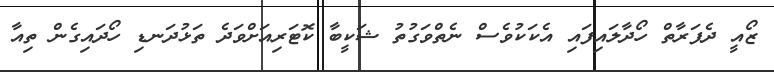
ޒޯއީ ދެފަރާތް ހޯދާލައިފައި އެކަކުވެސް ނެތްވަގުތު ޝަކީބާ ކޮޓަރިއަށްވަދެ ތަޅުދަނޑި ހޯދައިގެން ތިއާ